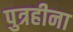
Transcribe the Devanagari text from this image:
पुत्रहीना